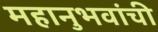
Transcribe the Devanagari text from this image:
महानुभवांची